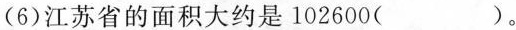
(6)江苏省的面积大约是102600()。